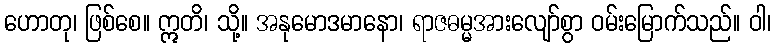
ဟောတု၊ ဖြစ်စေ။ ဣတိ၊ သို့။ အနုမောဒမာနော၊ ရာဇဓမ္မအားလျော်စွာ ဝမ်းမြောက်သည်။ ဝါ၊